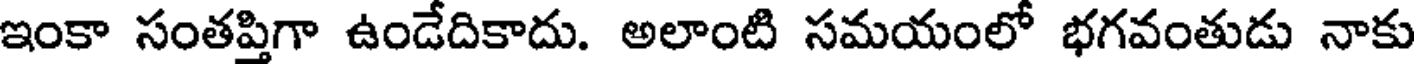
ఇంకా సంతప్తిగా ఉండేదికాదు. అలాంటి సమయంలో భగవంతుడు నాకు